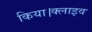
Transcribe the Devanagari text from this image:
किया।क्लाइव